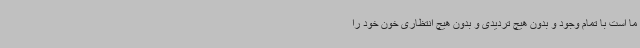
ما است با تمام وجود و بدون هیچ تردیدی و بدون هیچ انتظاری خون خود را